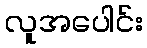
လူအပေါင်း